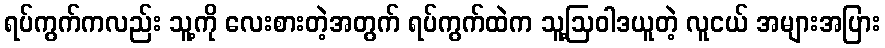
ရပ်ကွက်ကလည်း သူ့ကို လေးစားတဲ့အတွက် ရပ်ကွက်ထဲက သူ့ဩဝါဒယူတဲ့ လူငယ် အများအပြား